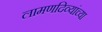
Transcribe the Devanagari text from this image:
लामणदिव्यांच्या